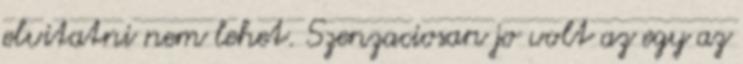
elvitatni nem lehet. Szenzaciosan jo volt az egy az